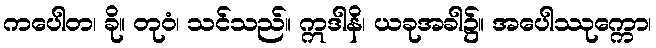
ကပေါတ၊ ခို။ တုဝံ၊ သင်သည်။ ဣဒါနိ၊ ယခုအခါ၌။ အပေါဿုက္ကော၊